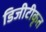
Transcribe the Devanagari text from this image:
डिजीटीकृत